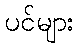
ပင်များ